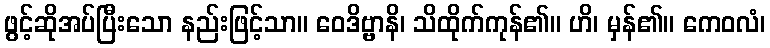
ဖွင့်ဆိုအပ်ပြီးသော နည်းဖြင့်သာ။ ဝေဒိဗ္ဗာနိ၊ သိထိုက်ကုန်၏။ ဟိ၊ မှန်၏။ ကေဝလံ၊